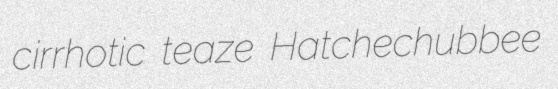
cirrhotic teaze Hatchechubbee